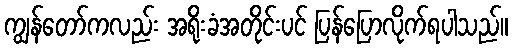
ကျွန်တော်ကလည်း အရိုးခံအတိုင်းပင် ပြန်ပြောလိုက်ရပါသည်။